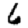
Digit: 6